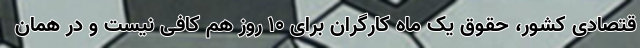
قتصادی کشور، حقوق یک ماه کارگران برای ۱۰ روز هم کافی نیست و در همان